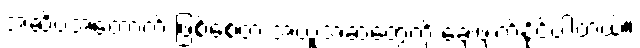
အဆိပ်အတောက် ဖြစ်စေတဲ့ အယူအဆတွေကို ချေဖျက်နိုင်ပါတယ်။